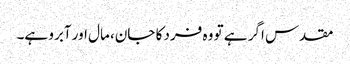
مقدس اگر ہے تو وہ فرد کا جان، مال اور آبرو ہے۔